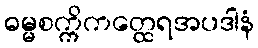
ဓမ္မစက္ကိကတ္ထေရအပဒါနံ